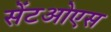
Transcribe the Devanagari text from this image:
सेंटओएस